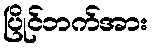
ပြိုင်ဘက်အား